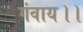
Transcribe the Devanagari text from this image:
गंवाय।।